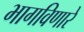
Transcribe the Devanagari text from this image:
भागविणारे